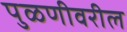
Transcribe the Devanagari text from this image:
पुळणीवरील